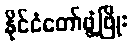
နိုင်ငံတော်ဖွံ့ဖြိုး